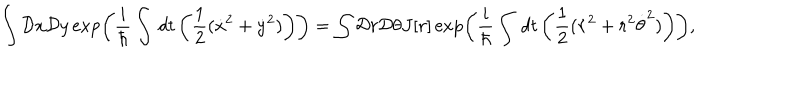
\int { \cal D } x { \cal D } y \exp \left( \frac { i } { \hbar } \int \, d t \left( \frac { 1 } { 2 } ( \dot { x } ^ { 2 } + \dot { y } ^ { 2 } ) \right) \right) = \int { \cal D } r { \cal D } \theta J [ r ] \exp \left( \frac { i } { \hbar } \int \, d t \left( \frac { 1 } { 2 } ( \dot { r } ^ { 2 } + r ^ { 2 } \dot { \theta } ^ { 2 } ) \right) \right) ,